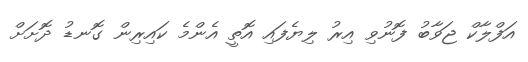
އަފްލާކް ޖަވާބު ފޮނުވި އިރު ލިޔެފައި އޮތީ އެންމެ ކައިރިން ގޮނޑު ދޮށަށް